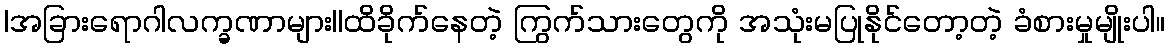
|အခြားရောဂါလက္ခဏာများ||ထိခိုက်နေတဲ့ ကြွက်သားတွေကို အသုံးမပြုနိုင်တော့တဲ့ ခံစားမှုမျိုးပါ။